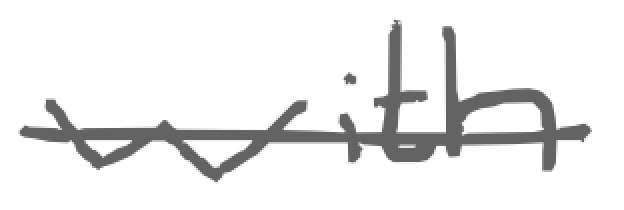
Text: with
Cross-out: single-line
Writing tool: digital_gray